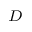
_ D